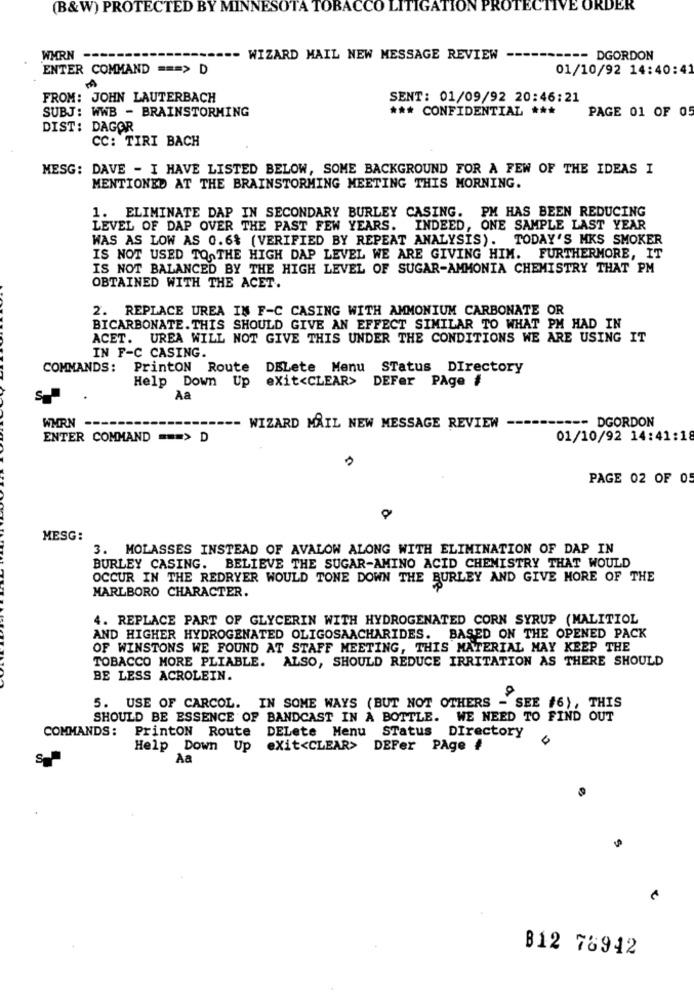
(B&W) PROTECTED BY MINNESOTA TOBACCO LITIGATION PROTECTIVE ORDER
WMRN --
WIZARD MAIL NEW MESSAGE REVIEW
--- DGORDON
ENTER COMMAND === > D
01/10/92 14:40:41
FROM: JOHN LAUTERBACH
SENT: 01/09/92 20:46:21
SUBJ: WWB - BRAINSTORMING
*** CONFIDENTIAL ***
PAGE 01 OF 05
DIST: DAGOR
CC: TIRI BACH
MESG: DAVE - I HAVE LISTED BELOW, SOME BACKGROUND FOR A FEW OF THE IDEAS I
MENTIONED AT THE BRAINSTORMING MEETING THIS MORNING.
1. ELIMINATE DAP IN SECONDARY BURLEY CASING. PM HAS BEEN REDUCING
LEVEL OF DAP OVER THE PAST FEW YEARS. INDEED, ONE SAMPLE LAST YEAR
WAS AS LOW AS 0.6% (VERIFIED BY REPEAT ANALYSIS). TODAY'S MKS SMOKER
IS NOT USED TO THE HIGH DAP LEVEL WE ARE GIVING HIM. FURTHERMORE, IT
IS NOT BALANCED BY THE HIGH LEVEL OF SUGAR-AMMONIA CHEMISTRY THAT PM
OBTAINED WITH THE ACET.
2. REPLACE UREA IN F-C CASING WITH AMMONIUM CARBONATE OR
BICARBONATE.THIS SHOULD GIVE AN EFFECT SIMILAR TO WHAT PM HAD IN
ACET. UREA WILL NOT GIVE THIS UNDER THE CONDITIONS WE ARE USING IT
IN F-C CASING.
COMMANDS:
PrintON Route DELete Menu STatus DIrectory
exit<CLEAR>
DEFer PAge #
Help Down Up
Aa
-- DGORDON
WMRN -
WIZARD MAIL NEW MESSAGE REVIEW
ENTER COMMAND === > D
01/10/92 14:41:18
PAGE 02 OF 05
MESG:
3. MOLASSES INSTEAD OF AVALOW ALONG WITH ELIMINATION OF DAP IN
BURLEY CASING. BELIEVE THE SUGAR-AMINO ACID CHEMISTRY THAT WOULD
OCCUR IN THE REDRYER WOULD TONE DOWN THE BURLEY AND GIVE MORE OF THE
MARLBORO CHARACTER.
4. REPLACE PART OF GLYCERIN WITH HYDROGENATED CORN SYRUP (MALITIOL
AND HIGHER HYDROGENATED OLIGOSAACHARIDES. BASED ON THE OPENED PACK
OF WINSTONS WE FOUND AT STAFF MEETING, THIS MATERIAL MAY KEEP THE
TOBACCO MORE PLIABLE. ALSO, SHOULD REDUCE IRRITATION AS THERE SHOULD
BE LESS ACROLEIN.
5. USE OF CARCOL. IN SOME WAYS (BUT NOT OTHERS - SEE #6), THIS
SHOULD BE ESSENCE OF BANDCAST IN A BOTTLE. WE NEED TO FIND OUT
DELete Menu STatus DIrectory
COMMANDS: PrintON Route
Help Down Up exit<CLEAR> DEFer PAge #
S
Aa
B12 76942